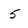
Character: 5